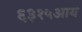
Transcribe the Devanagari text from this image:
६३१५आय